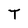
Character: T